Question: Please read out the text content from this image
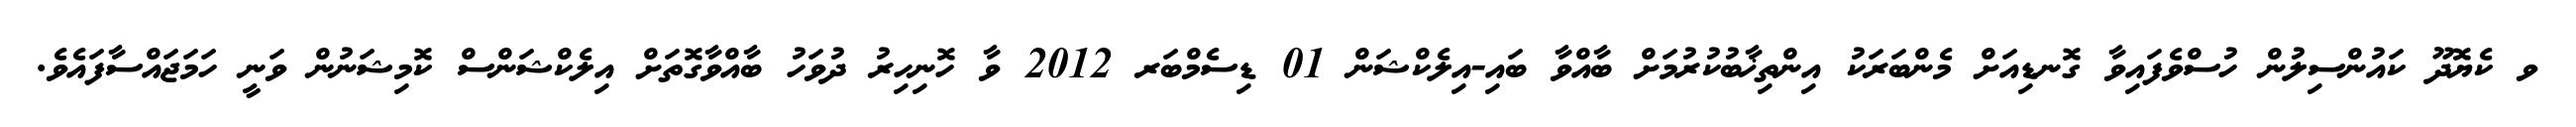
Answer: ވ ކެޔޮދޫ ކައުންސިލުން ހުސްވެފައިވާ ގޮނޑިއަށް މެންބަރަކު އިންތިޚާބުކުރުމަށް ބާއްވާ ބައި-އިލެކްޝަން 01 ޑިސެމްބަރ 2012 ވާ ހޮނިހިރު ދުވަހު ބާއްވާގޮތަށް އިލެކްޝަންސް ކޮމިޝަނުން ވަނީ ހަމަޖައްސާފައެވެ.